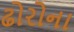
ઢોરોના